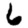
Digit: 6